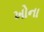
ખોના